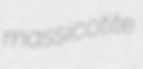
massicotite